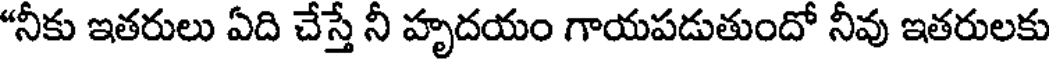
"నీకు ఇతరులు ఏది చేస్తే నీ హృదయం గాయపడుతుందో నీవు ఇతరులకు